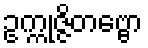
ဥက္ကုဇ္ဇိတဗ္ဗော